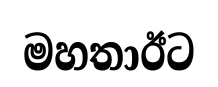
මහතාඊට